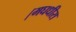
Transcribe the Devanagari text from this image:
।मघधीरा